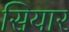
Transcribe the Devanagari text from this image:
सियार